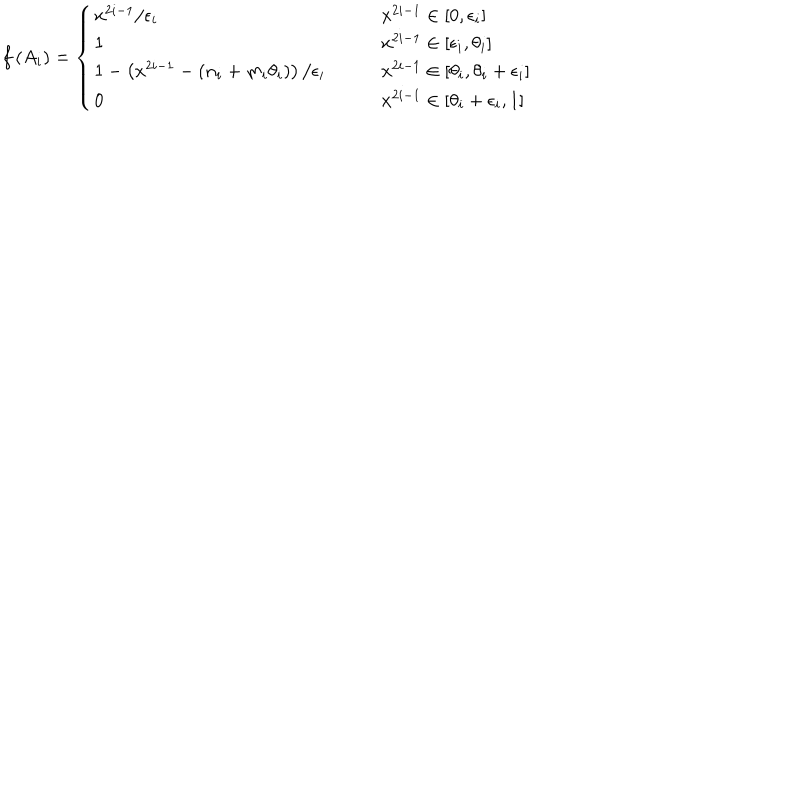
f \left( A _ { i } \right) = \left\{ \begin{array} { l l } { { x ^ { 2 i - 1 } / \epsilon _ { i } } } & { { x ^ { 2 i - 1 } \in \left[ 0 , \epsilon _ { i } \right] } } \\ { { 1 } } & { { x ^ { 2 i - 1 } \in \left[ \epsilon _ { i } , \theta _ { i } \right] } } \\ { { 1 - \left( x ^ { 2 i - 1 } - ( n _ { i } + m _ { i } \theta _ { i } ) \right) / \epsilon _ { i } \quad \quad } } & { { x ^ { 2 i - 1 } \in \left[ \theta _ { i } , \theta _ { i } + \epsilon _ { i } \right] } } \\ { { 0 } } & { { x ^ { 2 i - 1 } \in \left[ \theta _ { i } + \epsilon _ { i } , 1 \right] } } \\ \end{array} \right.